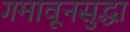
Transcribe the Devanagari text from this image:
गमावूनसुद्धा